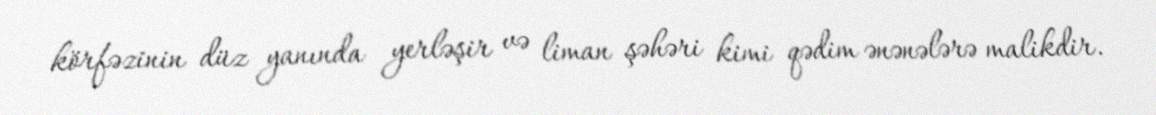
körfəzinin düz yanında yerləşir və liman şəhəri kimi qədim ənənələrə malikdir.